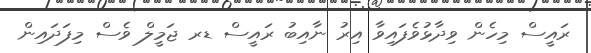
ރައީސް މިހެން ވިދާޅުވެފައިވާ އިރު ނާއިބު ރައީސް ޑރ ޖަމީލް ވެސް މިފަދައިން